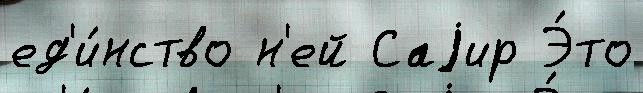
ед'и́нство н'ей Саjир Э́то